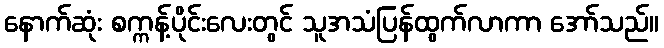
နောက်ဆုံး စက္ကန့်ပိုင်းလေးတွင် သူအသံပြန်ထွက်လာကာ အော်သည်။